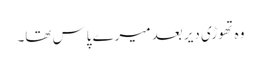
وہ تھوڑی دیر بعد میرے پاس تھا۔